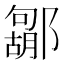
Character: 𮠐